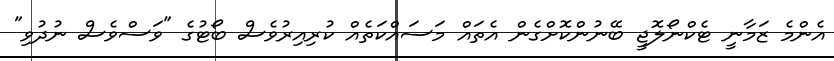
އެންމެ ޒަމާނީ ޓެކްނޯލޮޖީ ބޭނުންކޮށްގެން އެތައް މަސައްކަތެއް ކުރިއިރުވެސް ބޯޓުގެ "ވަސްވެސް ނުދުވި"